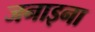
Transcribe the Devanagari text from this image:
जनाइना